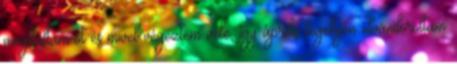
meghaltam-ot és mivel végeztem vele, így április legelején elvándoroltam